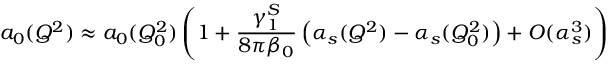
a _ { 0 } ( Q ^ { 2 } ) \approx a _ { 0 } ( Q _ { 0 } ^ { 2 } ) \left( 1 + { \frac { \gamma _ { 1 } ^ { S } } { 8 \pi \beta _ { 0 } } } \left( \alpha _ { s } ( Q ^ { 2 } ) - \alpha _ { s } ( Q _ { 0 } ^ { 2 } ) \right) + { \cal O } ( \alpha _ { s } ^ { 3 } ) \right)